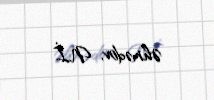
Əhmədov, N.İ.